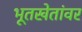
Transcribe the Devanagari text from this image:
भूतखेतांवर